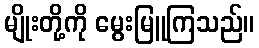
မျိုးတို့ကို မွေးမြူကြသည်။